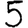
Digit: 5